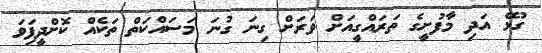
ގުޅޭ އަދި މާފުށީގެ ތަރައްގީއަށް ވަރަށް ގިނަ ގުނަ މަސައްކަތް ތަކެއް ކޮށްދީފަިވަ